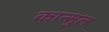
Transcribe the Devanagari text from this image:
कान्सुल